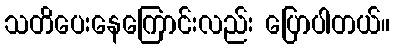
သတိပေးနေကြောင်းလည်း ပြောပါတယ်။